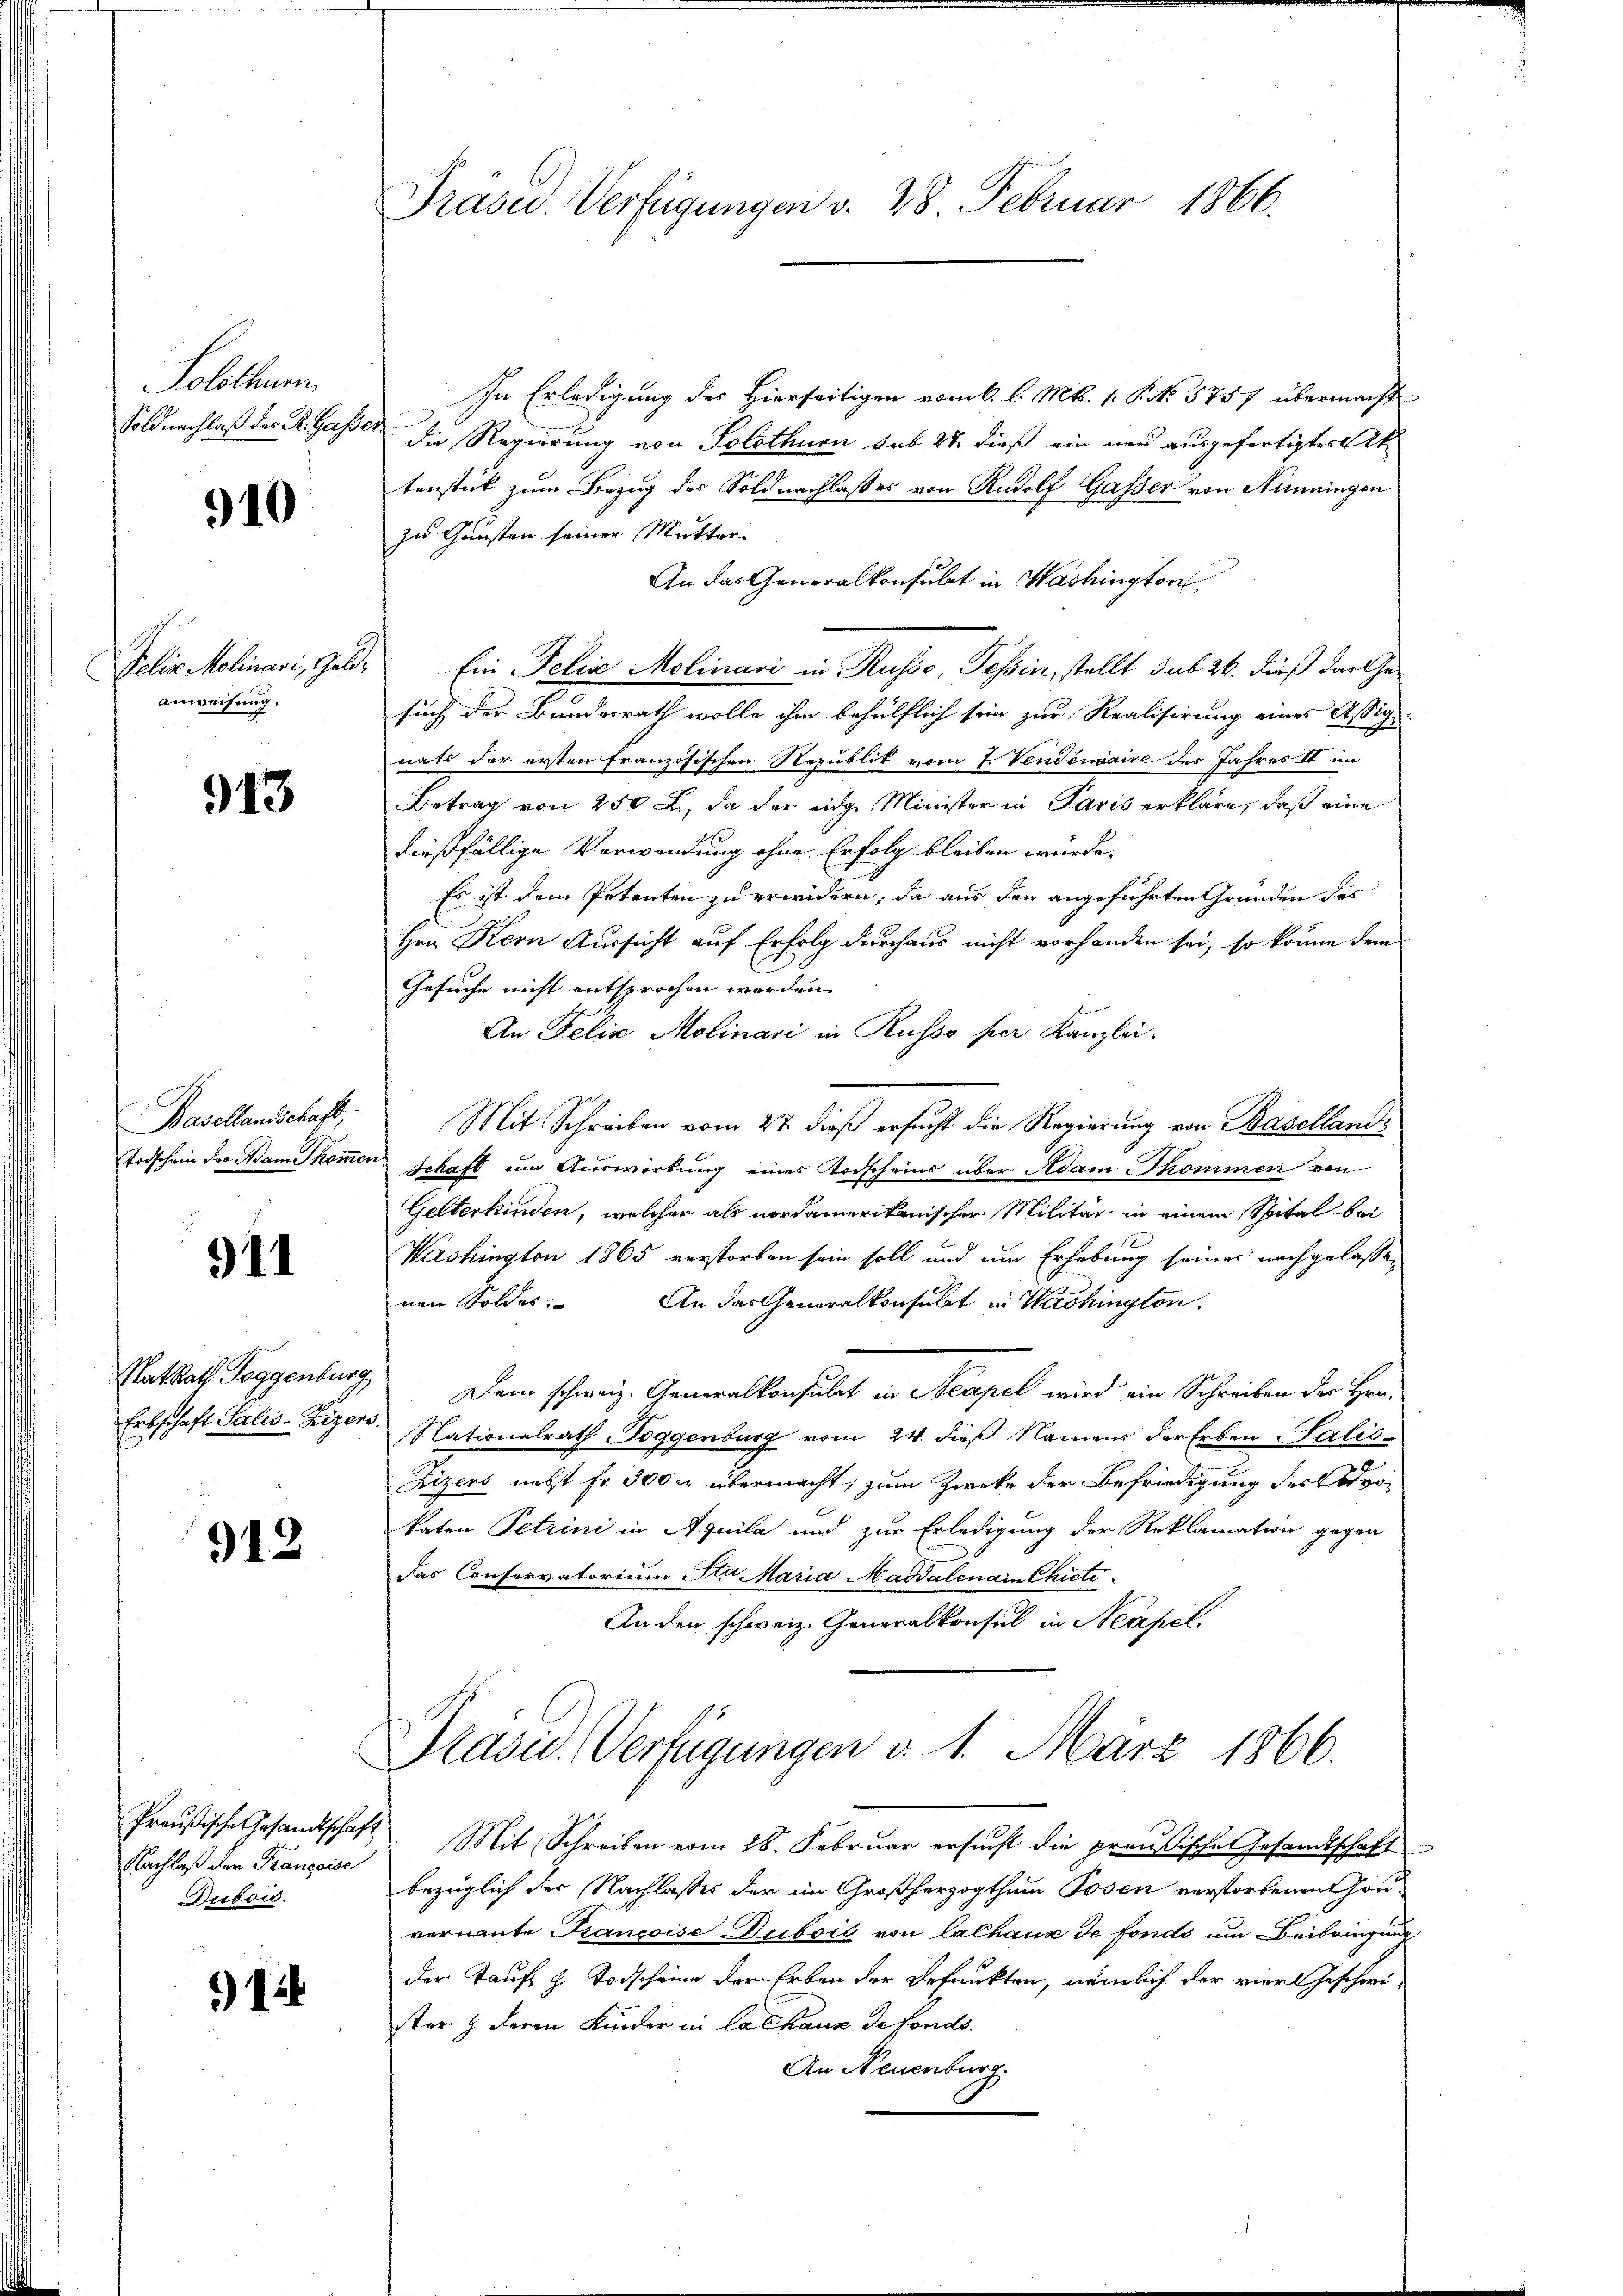
Solothur.
Soldnachlaß der Dr. Gasse.

910

Felix Molinari, Geldanweisung.

913

Basellandschaft,
Todschein der Adam Thommer

911

Rat Rath Toggenbur
Erbschaft Salis-Reizer

912

Preußische Gesamtschaft
Nachlaß der Françoise
Dubois.

) 12

Präsu. Verfügungen v. 28 Februar 1866.

In Erledigung des Hierseitigen vom 6. l. Mts. (T. No. 5757 übermacht
die Regierung von Solothurn sub. 28. dieß ein neu ausgefertigtes Aktenstück zum Bezug des Soldnachlasses von Rudolf Gasser von Ninningen
zu Gunsten seiner Mutter.
An das Generalkonsulat in Washington
Ein Felix Molinari in Russo, Tessin, stellt sub 26. dieß das Gesuch der Bundesrath wolle ihm behülflich sein zur Realisirung eines Assig
nats der ersten französischen Republit vom 7. Venderaire des Jahres II im
Betrag von 250 L., da der eidge Minister in Paris erkläre, daß eine
dießfällige Verwendung ohne Erfolg bleiben würde.
Es ist dem Petenten zu erwidern, da aus den angeführten Gründen des
Hrn Kern Aussicht auf Erfolg durchaus nicht vorhanden sei, so könne dem
Gesuche nicht entsprochen werden.
An Felix Molinari in Russo per Kanzlei.
Mit Schreiben vom 27. dieß ersucht die Regierung von Baselland¬
Schaft um Auswirkung eines Todscheins über Adam kommen von
Gelterkinden, welcher als nordamerikanischer Militär in einem Spital bei
Washington 1865 verstorben sein soll und um Erhebung seiner nachgelassen
nen Solder. An das Generalkonsulat in Washington
Dem schweiz. Generalkonsulat in Neapel wird ein Schreiben des Hrn.
Nationalrath Toggenburg vom 24. dieß Namens der Erben Salis-
Rizers nebst Fr. 300 m übermacht, zum Zwecke der Befriedigung des Advokaten Petrini in Aquila und zur Erledigung der Reklamation gegen
das Conservatorium Sta- Maria Magdalenain Chieti
An den schweiz. Generalkonsul in Neapel.
Präsid. Verfügungen d. 1. März 1866.
Mit Schreiben vom 28. Februar ersucht die preußischen Gesamtschaft
bezüglich der Nachlasses der im Großherzogthum Posen verstorbenen Gouvernannte Krancoise Dubois von Cathaus de fonds um Beibringung
der Taufs h. Todscheine der Erben der Befunkten, nämlich der vier Gescheister & deren Kinder in Calhaus de fonds.
An Neuenburg.